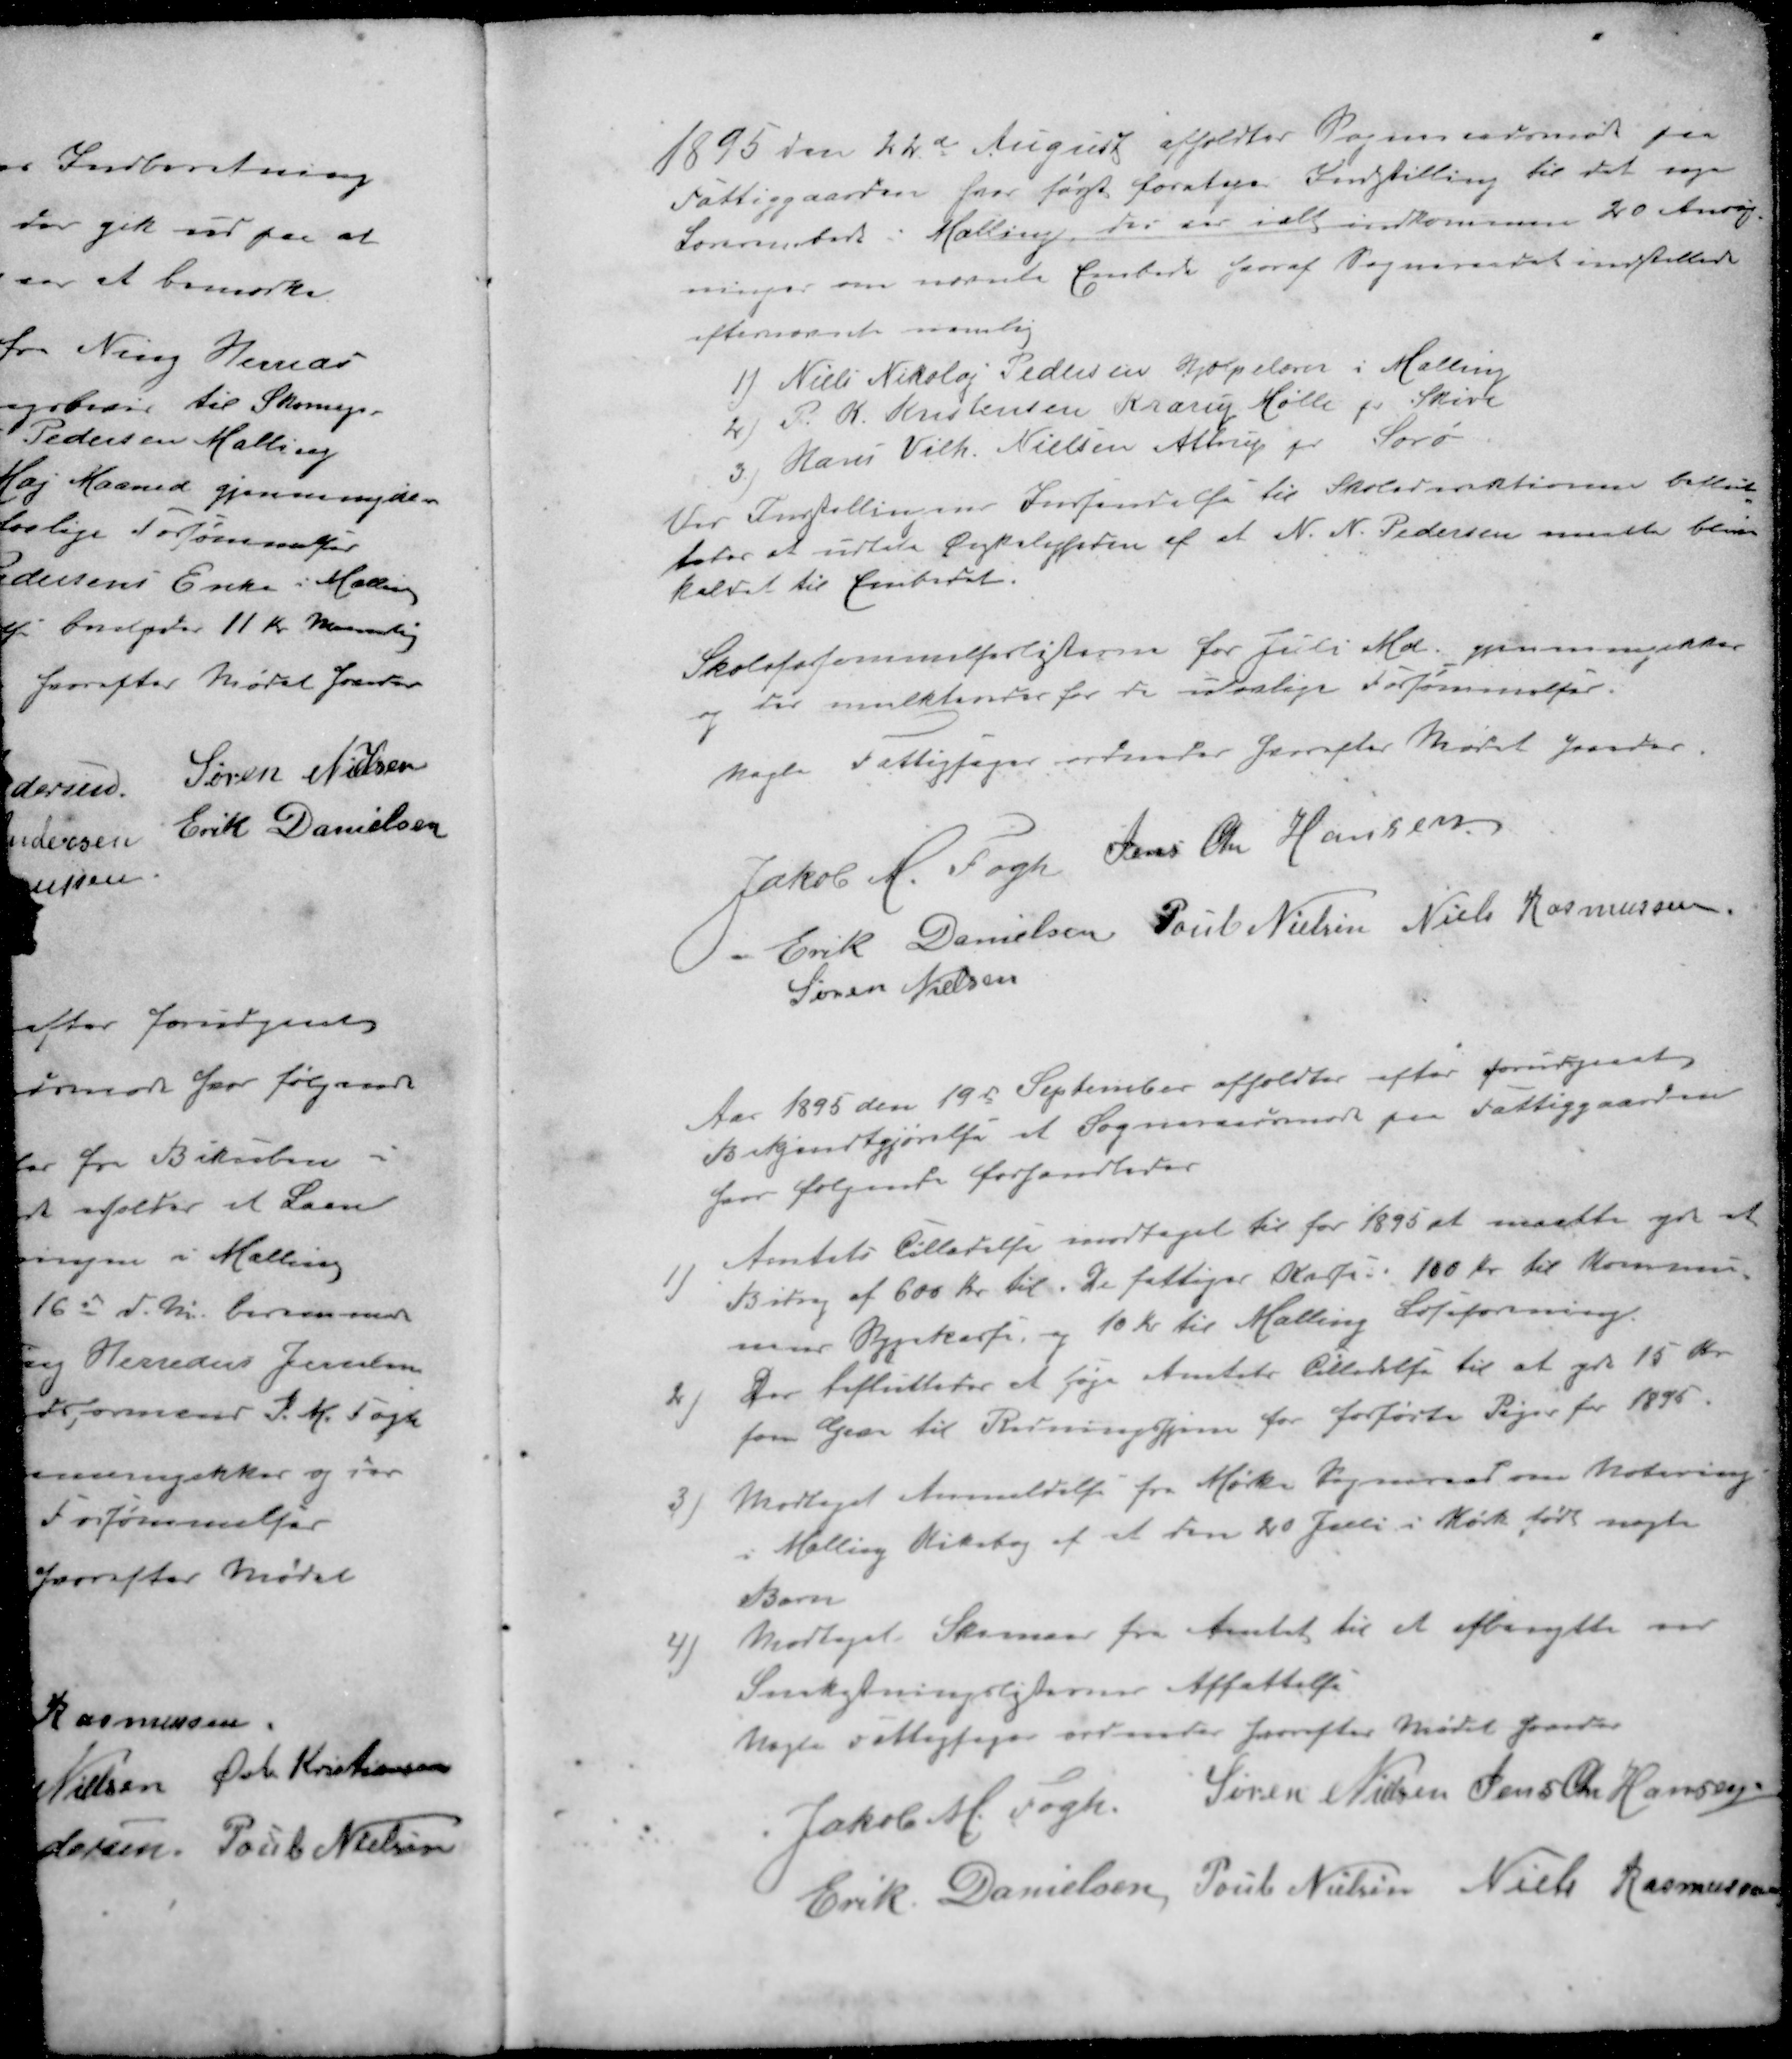
Transskription:
1895 den 22d August afholdtes Sogneraadsmøde paa
Fattiggaarden hvor først foretages Indstilling til det søge
Lærerembede i Malling, der var ialt indkommen 20 Ansøg-
ninger om nævnte Embede hvoraf Sogneraadet indstillede
efternævnte nemlig
1) Niels Nikolaj Pedersen Hjælpelærer i Malling
2) P. K. Kristensen Krarup Mølle pr Skive
3. Hans Vilh. Nielsen Allerup pr Sorø
Ved Indstillingens Indsendelse til Skoledirektionen beslut-
tedes at udtale Ønskeligheden af at N. N. Pedersen maatte blive
kaldet til Embedet.
Skoleforsømmelserlisterne for Juli Md. gjennemgikkes
og der mulkteredes for de ulovlige Forsømmelser.
Nogle Fattigsager ordnedes hvorefter Mødet hævedes
Jakob A. Fogh
Jens Chr Hansen
Erik Danielsen
Poul Nielsen
Niels Rasmussen
Søren Nielsen
Aar 1895 den 19d September afholdtes efter forudgaaet
Bekjendtgjørelse et Sogneraadsmøde paa Fattiggaarden
hvor følgende forhandledes
1 )Amtets Tilladelse modtaget til for 1895 at maatte yde et
Bidrag af 600 kr. til De fattiges Kasse 100 Kr. til Kommu-
nens Sygekasse, og 10 Kr. til Malling Læseforening.
2 ) Der besluttedes at føje Amtets Tilladelse til at yde 15 Kr.
som Gaar til Redningshjem for forførte Piger for 1895.
3) Modtaget Anmeldelse fra Mørke Sogneraad om Notering
i Malling Kirkebog af et den 20 Juli i Mørke født uægte
Barn
4) Modtaget Skemaer fra Amtet til at afbenytte ved
Snekastningslisternes Affattelse
Nogle Fattigsager ordnedes hvorefter Mødet hævedes
Jakob M Fogh
Søren Nielsen
Jens Chr Hansen
Erik Danielsen
Poul Nielsen
Niels Rasmussen